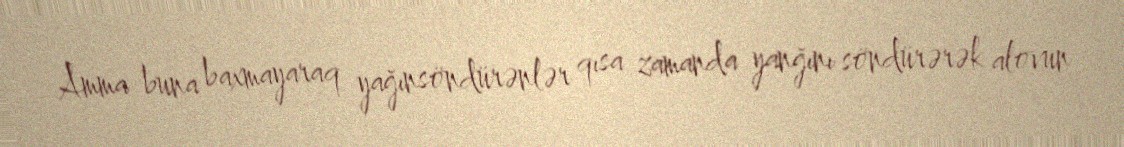
Amma buna baxmayaraq yağınsöndürənlər qısa zamanda yanğını söndürərək alovun